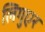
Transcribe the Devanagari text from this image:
लिगुएर